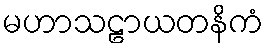
မဟာသဠာယတနိကံ